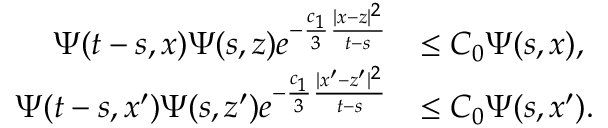
\begin{array} { r l } { \Psi ( t - s , x ) \Psi ( s , z ) e ^ { - \frac { c _ { 1 } } { 3 } \frac { | x - z | ^ { 2 } } { t - s } } } & { \le C _ { 0 } \Psi ( s , x ) , } \\ { \Psi ( t - s , x ^ { \prime } ) \Psi ( s , z ^ { \prime } ) e ^ { - \frac { c _ { 1 } } { 3 } \frac { | x ^ { \prime } - z ^ { \prime } | ^ { 2 } } { t - s } } } & { \le C _ { 0 } \Psi ( s , x ^ { \prime } ) . } \end{array}